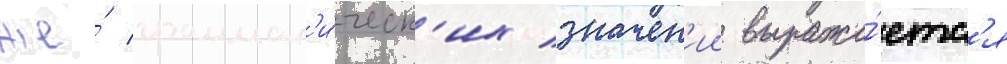
же́ граммат'и́ческ'их значен'ии выража́етс'я